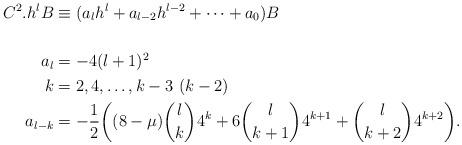
LaTeX: \begin{align*} C^{2}.{h}^{l}B&\equiv(a_{l}h^{l}+a_{l-2}h^{l-2}+\cdots+a_{0})B\\ \\ a_{l}&=-4(l+1)^{2}\\ k&=2,4,\ldots,k-3\ (k-2)\\ a_{l-k}&=-\frac{1}{2}\bigg((8-\mu) {l\choose k}4^{k}+6{l \choose k+1}4^{k+1}+{l\choose k+2}4^{k+2}\bigg). \end{align*}